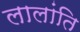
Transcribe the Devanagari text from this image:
लालांति